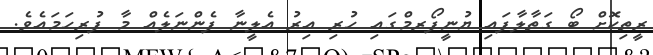
ރީތިކޮށް ބޯ ގަތާލާފައި ޔުނީފޯރމްގައި ހުރި އިރު އެލީނާ ފެންނަލެއް މާ ފުރިހަމައެވެ.